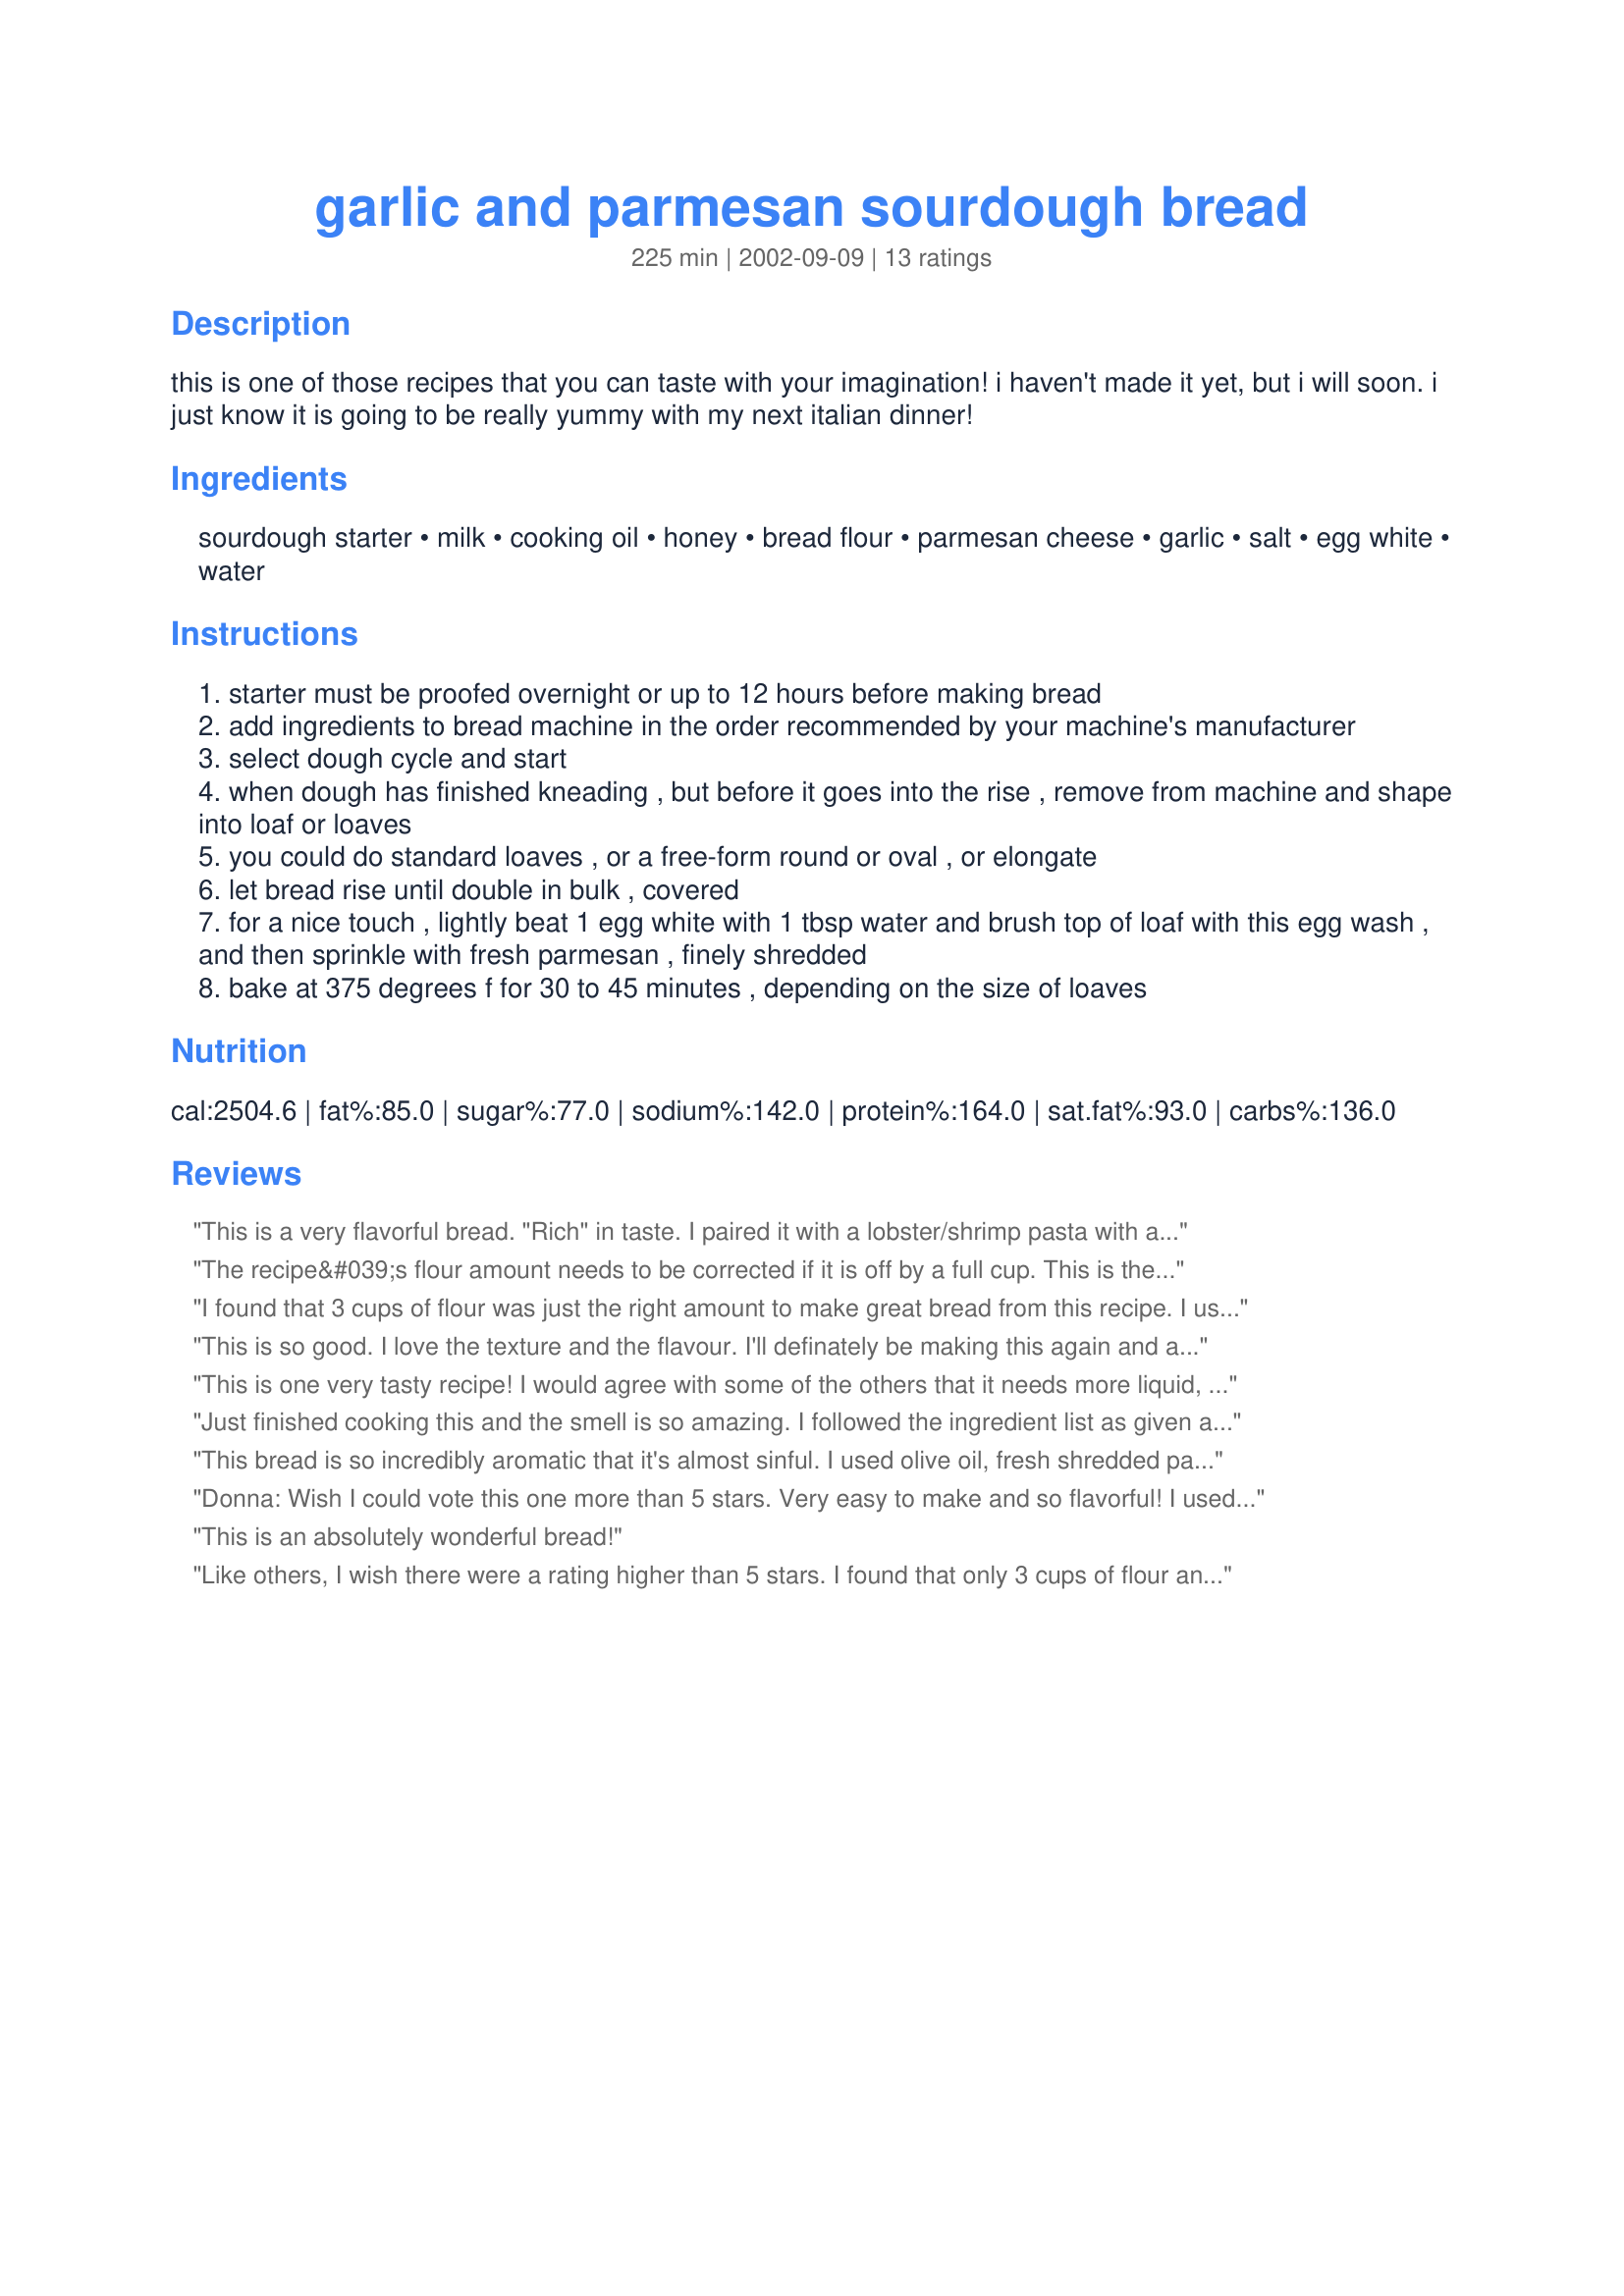
garlic and parmesan sourdough bread
Preparation time: 225 minutes

this is one of those recipes that you can taste with your imagination! i haven't made it yet, but i will soon. i just know it is going to be really yummy with my next italian dinner!

Ingredients:
sourdough starter, milk, cooking oil, honey, bread flour, parmesan cheese, garlic, salt, egg white, water

Steps:
starter must be proofed overnight or up to 12 hours before making bread
add ingredients to bread machine in the order recommended by your machine's manufacturer
select dough cycle and start
when dough has finished kneading , but before it goes into the rise , remove from machine and shape into loaf or loaves
you could do standard loaves , or a free-form round or oval , or elongate
let bread rise until double in bulk , covered
for a nice touch , lightly beat 1 egg white with 1 tbsp water and brush top of loaf with this egg wash , and then sprinkle with fresh parmesan , finely shredded
bake at 375 degrees f for 30 to 45 minutes , depending on the size of loaves

Reviews:
This is a very flavorful bread. "Rich" in taste. I paired it with a lobster/shrimp pasta with a vodka-red sauce. Great balance! This bread did take a bit more rise time for me, but I used 1/2 whole wheat flour as well.
Update: After making this bread a couple more times, it has become one of my favorite sourdough. What I've learned: *Don't use half WW in this recipe, or you'll lose the taste of the parmesan. *I actually prefer parmesan reggiano cheese in this recipe. *I typically require about 1/2 to even 1 less cup of flour for this recipe. Fantastic flavor.... this is what I would call a 'decadent bread'!
The recipe&#039;s flour amount needs to be corrected if it is off by a full cup. This is the first bread I have made in my ABM that had odd pieces of dough sticking out. It smelled so good while it was baking; it&#039;s a shame to waste premium cheese.
I found that 3 cups of flour was just the right amount to make great bread from this recipe. I used Parmesan and some shredded Asiago, and also added about 1/2 tsp of Lumberman's Steak seasoning, a tremendous mix of various herbs and salt. Next time I will use it instead of the salt. The loaf I made is still baking, but the rolls I made are done - I sprinkled half of them with the lumberman's seasoning- Oh My!Delicious! So start with 3 cups of flour and adjust from that - I think you will be happy with the results. UPDATE: I just sliced into the loaf today, two days later, to make sandwiches. The texture is just perfect - I could make thin slices that were just heaven with ham or mortadella and cheese. The flavor has matured, as is so common with sourdough loaves, and if anything, the bread tastes better than did the rolls I scarfed down straight out of the oven.
This is so good. I love the texture and the flavour. I'll definately be making this again and again. Bill took a bite, and just smiled. No words were needed here! Thanks Donna for *another* fantastic recipe.
This is one very tasty recipe! I would agree with some of the others that it needs more liquid, I used about a cup of milk in total, maybe even a bit more.
I made a 1lb loaf and also a "tear and share" loaf in a round tin, using about 8 small balls of dough arranged in a circle. This was gorgeous with our Italian meal, and I would definitely do again.
Well done Donna another flavoursome recipe.
Just finished cooking this and the smell is so amazing. I followed the ingredient list as given and did not have dryness as others have described. I do not have a bread machine so mixed the ingredient in my stand mixer at about 8.30pm and then placed dough in a Pyrex bowl which I had oiled, covered with plastic wrap and left to proof over night. At 7.30am the morning I pre heated my oven to 450c with my pizza stone tipped the bread on a little flour, extra Parmesan and smoked paprika on the top. Threw some ice in the bottom of the oven and cooked for 10min then dropped the temp to 200c for a further 20min. The loaf looked amazing and has a great crust ....see pic. ;))
This bread is so incredibly aromatic that it's almost sinful. I used olive oil, fresh shredded parmesan cheese and about 5 small cloves of fresh garlic. The wet to dry ingredients ratio was a bit off for me. The dough was way too bulky and dry (my bread machine had trouble with it) so I had to add an additional 1/4 cup of starter and about a 1/4 cup of water to get a workable consistency. The dough then came out silky and smooth. I hand formed it into an elongated rustic loaf and we're using my garlic cheese spread as a topping for dinner tonight. I ate both heels already and the flavor is magnificent.
Donna: Wish I could vote this one more than 5 stars. Very easy to make and so flavorful! I used the doughcycle of my bread machine, however, I too only needed 3 cups of bread flour, but of course that all depends on the thickness of the starter. Instead of fresh garlic I used 1 tablespoon of Just Garlic and 1 tablespoon of Just Tomatoes and it turned out wonderfully.
Thanks for sharing.
This is an absolutely wonderful bread!
Like others, I wish there were a rating higher than 5 stars. I found that only 3 cups of flour and a cup of milk was about right. I also substituted molasses for honey for a more distinct flavor. I made a "tear&share" like Jenny (great idea by the way!) and sprinkled it with mozzarella cheese and spread sun-dried tomato and basil tapenade on it, then stuck it back in the oven so the cheese would melt. My husband loved it. If he weren't already married to me, I feel certain this would've cinched the deal. The sourdough loaf I made also came out great. I plan to make this next time company comes. WONDERFUL!
This bread was the most loved item of all the Christmas presents we gave. I do not use a bread machine since I consider it important to be able to feel the texture of a dough to get good bread. Flour can vary by how much moisture it has in it and no one recipe will come out the same every time if you are using flour from different batches.
Very tasty! I used 1 cup less flour, and still had to add an addition Tbl. of milk. Nice balance of garlic and parm. Thanks for sharing.<br/><br/>D
I also found the dough to be too bulky but, even with the suggested changes, could not get the right consistency. I eventually gave up and baked it anyway-- the flavor was delicious, but it was definitely dry.
